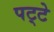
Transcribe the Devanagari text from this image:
पट्‍टे